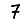
Digit: 7